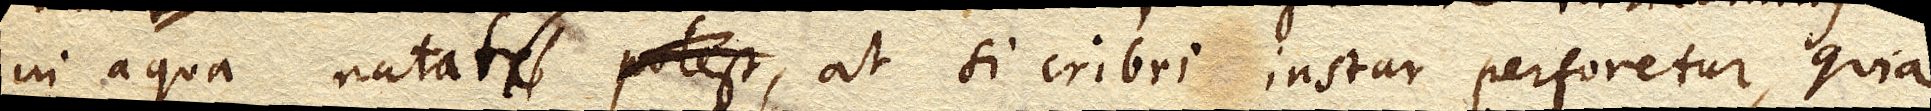
in aqua natare potest natat, at si cribri instar perforetur,